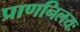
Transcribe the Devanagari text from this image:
प्राणनिलयः